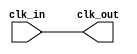
module clock_buffer (
    input wire clk_in,        // Clock input
    output wire clk_out       // Clock output
);

// Internal signal for buffering
wire clk_buf;

// Buffering the clock signal
assign clk_buf = clk_in;

// Driving the output clock
assign clk_out = clk_buf;

endmodule